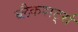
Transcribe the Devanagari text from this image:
ब्लैकशर्ट्स